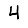
Digit: 4